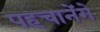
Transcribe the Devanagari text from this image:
पहचानेंगे